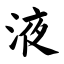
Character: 液